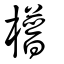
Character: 𣚴